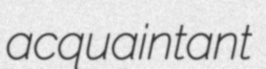
acquaintant